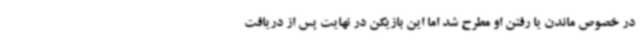
در خصوص ماندن یا رفتن او مطرح شد اما این بازیکن در نهایت پس از دریافت